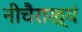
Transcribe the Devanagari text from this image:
नीचैराख्यं